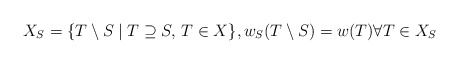
\begin{align*} X_S = \{T\setminus S\mid T\supseteq S,\, T \in X\}, w_S(T\setminus S) = w(T) \forall T\in X_S\end{align*}